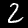
Digit: 2